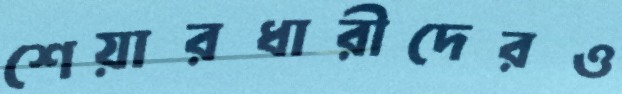
শেয়ারধারীদেরও